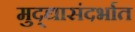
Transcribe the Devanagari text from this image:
मुद्द्यासंदर्भात